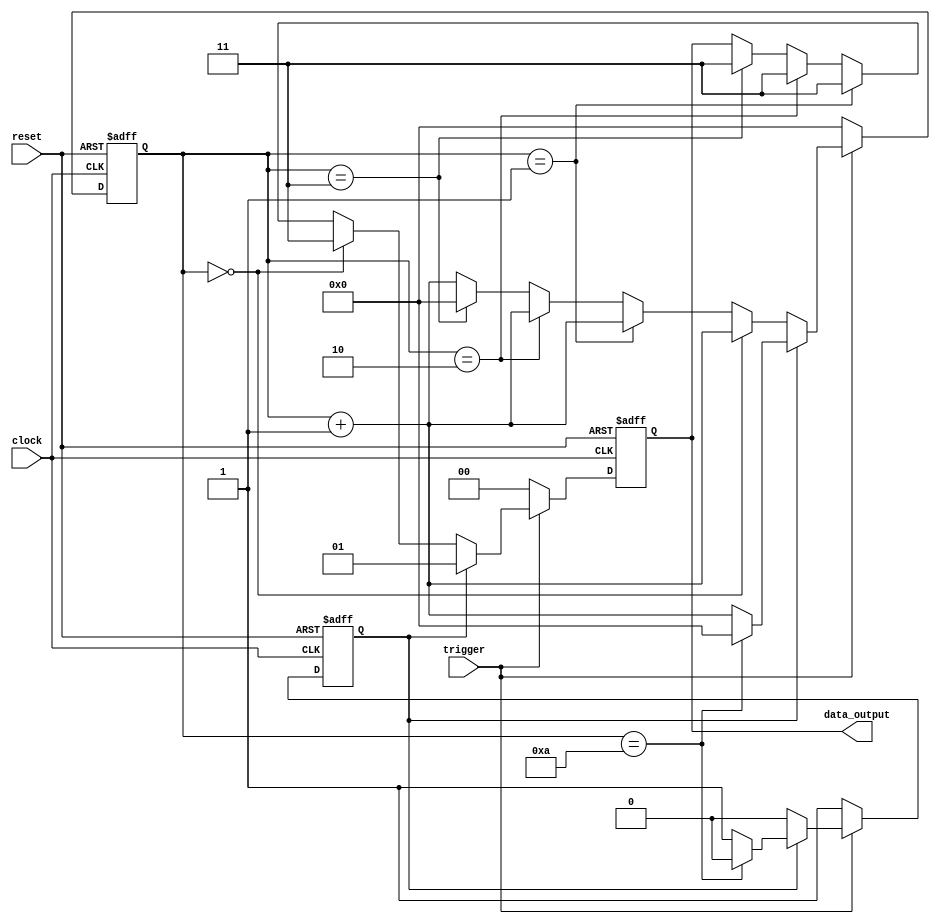
module data_dqpsk_generator( clock, reset, trigger, data_output );
input clock, reset, trigger;
output reg[1:0] data_output;

reg preamble;
reg[7:0] counter;

always @(posedge clock or negedge reset)
begin
    if (!reset)
    begin
        data_output <= 0;
        preamble <= 1;
        counter <= 0;
    end
    else
    begin
        if (trigger==1'b1)
        begin
            if (preamble==1)
            begin
                counter <= counter+1;
                if (counter==8'hA)
                begin
                    data_output <= 2'h1;
                    preamble <= 0;
                    counter <= 0;
                end
                else
                    data_output <= 2'h1;
            end
            else
            begin
                counter <= counter+1;
                if (counter==8'h0)
                    data_output <= 2'h3;
                else if (counter==8'h1)
                    data_output <= 2'h3;
                else if (counter==8'h2)
                    data_output <= 2'h3;
                else if (counter==8'h3)
                begin
                    data_output <= 2'h3;
                    counter <= 0;
                end
            end
        end
        else
        begin
            preamble <= 1;
            counter <= 0;
            data_output <= 2'h0;
        end
    end
end

endmodule